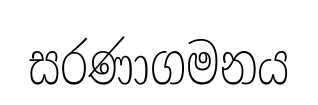
සරණාගමනය